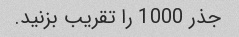
جذر 1000 را تقریب بزنید.